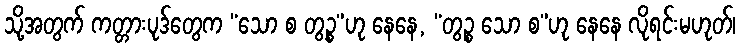
သို့အတွက် ကတ္တားပုဒ်တွေက “သော စ တွဉ္စ”ဟု နေနေ, “တွဉ္စ သော စ”ဟု နေနေ လိုရင်းမဟုတ်၊